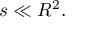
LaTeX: s \ll R ^ { 2 } .